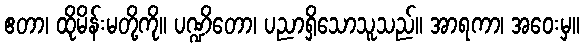
ဧတာ၊ ထိုမိန်းမတို့ကို။ ပဏ္ဍိတော၊ ပညာရှိသောသူသည်။ အာရကာ၊ အဝေးမှ။